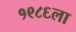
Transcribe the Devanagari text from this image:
१९८६ला